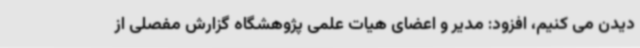
دیدن می کنیم، افزود: مدیر و اعضای هیات علمی پژوهشگاه گزارش مفصلی از